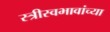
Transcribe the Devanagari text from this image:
स्त्रीस्वभावांच्या